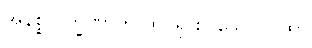
အနိစ္စလက္ခဏာကို ထင်ရှားပြသော ဂါထာ